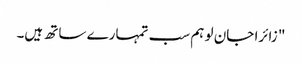
" زائرا جان لو ہم سب تمہارے ساتھ ہیں۔